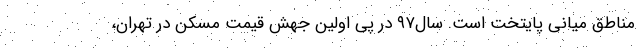
مناطق میانی پایتخت است. سال۹۷ در پی اولین جهش قیمت مسکن در تهران،